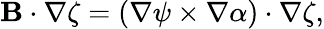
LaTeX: \mathbf{B}\cdot\nabla\zeta=\left(\nabla\psi\times\nabla\alpha\right)\cdot\nabla\zeta,